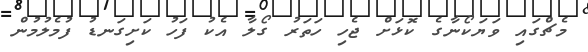
މެޗްގައި ވަޔަކޯނާގެ ކޮޅަށް ޖެހި ހަތަރު ގޯލާ އެކު ފަހު ކަށިގަނޑު ފުމެލުމުން